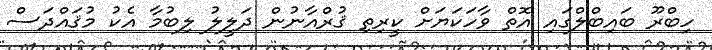
ހިބްރޫ ބައިބްލްގައި އޮތް ވާހަކަޔަށް ކީރިތި ޤުރްއާނުން ދަލީލު ލިބުމާ އެކު މުޤައްދަސް